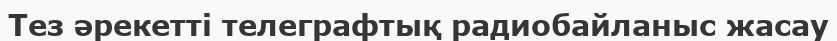
Тез әрекетті телеграфтық радиобайланыс жасау